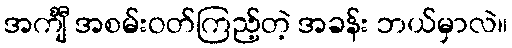
အင်္ကျီ အစမ်းဝတ်ကြည့်တဲ့ အခန်း ဘယ်မှာလဲ။